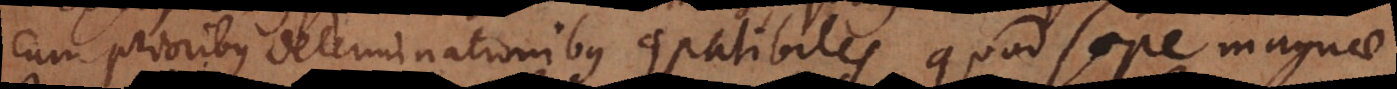
cum prioribus determinationibus compatibiles quod saepe magnae